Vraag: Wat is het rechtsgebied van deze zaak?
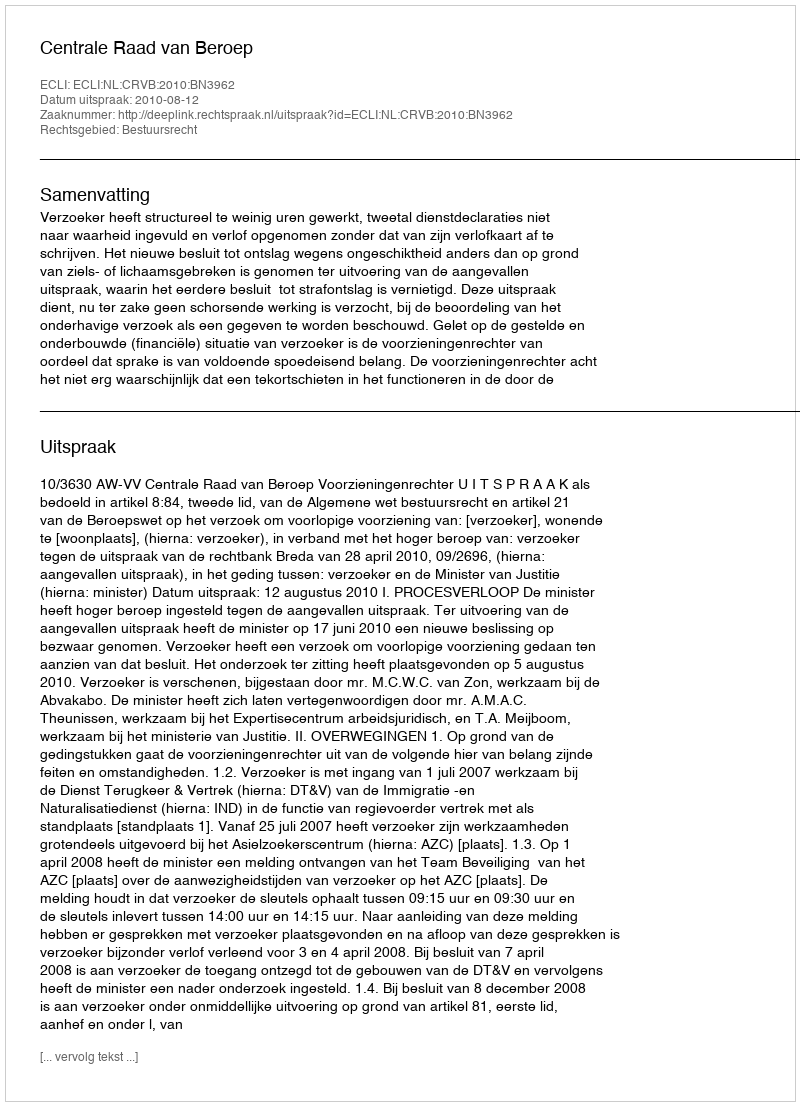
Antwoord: Bestuursrecht